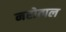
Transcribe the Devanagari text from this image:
नरोत्पल